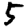
Digit: 5